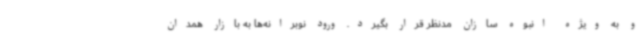
و به ویژه انبوه سازان مدنظر قرار بگیرد. ورود نوبرانه‌ها به بازار همدان